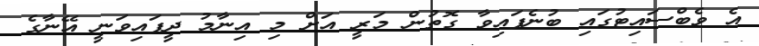
އެ ވެބްސައިޓުގައި ބުނެފައިވާ ގޮތުން މަރީ އަށް މި އިނާމު ދީފައިވަނީ އޭނާގެ